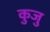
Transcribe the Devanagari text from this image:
कुजु